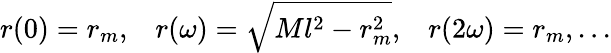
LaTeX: r(0)=r_{m},\; \; \; r(\omega)=\sqrt{Ml^{2}-r_{m}^{2}},\; \; \; r(2\omega)=r_{m},...